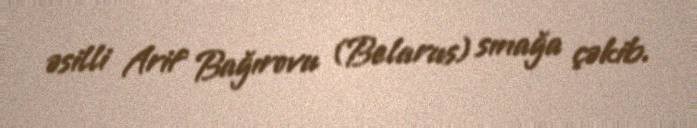
əsilli Arif Bağırovu (Belarus) sınağa çəkib.